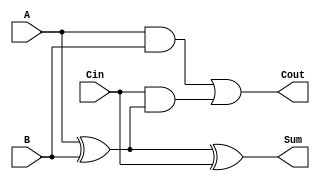
module full_adder (
    input  wire A,     // First input bit
    input  wire B,     // Second input bit
    input  wire Cin,   // Carry-in bit
    output wire Sum,   // Sum output bit
    output wire Cout   // Carry-out output bit
);

    // Compute Sum using XOR
    assign Sum = A ^ B ^ Cin;

    // Compute Cout using the conditions given
    assign Cout = (A & B) | (Cin & (A ^ B));

endmodule